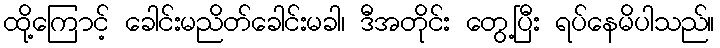
ထို့ကြောင့် ခေါင်းမညိတ်ခေါင်းမခါ၊ ဒီအတိုင်း တွေ့ပြီး ရပ်နေမိပါသည်။